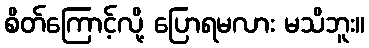
စိတ်ကြောင့်လို့ ပြောရမလား မသိဘူး။